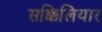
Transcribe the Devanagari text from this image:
सक्किलियार